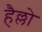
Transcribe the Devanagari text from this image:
हैल्लो